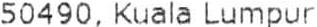
50490, KUALA LUMPUR